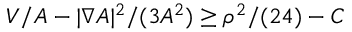
V / A - | \nabla A | ^ { 2 } / ( 3 A ^ { 2 } ) \ge \rho ^ { 2 } / ( 2 4 ) - C